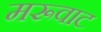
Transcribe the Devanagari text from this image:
मरूवाट